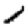
Digit: 1